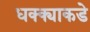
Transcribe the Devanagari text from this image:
धक्क्याकडे